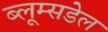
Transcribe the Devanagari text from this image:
ब्लूम्सडेल